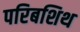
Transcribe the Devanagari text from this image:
परिबशिथ